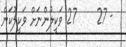
- 27     27 ވަކީލުންނަށް ވަކީލުކަން